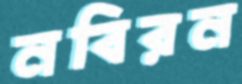
নবিরন